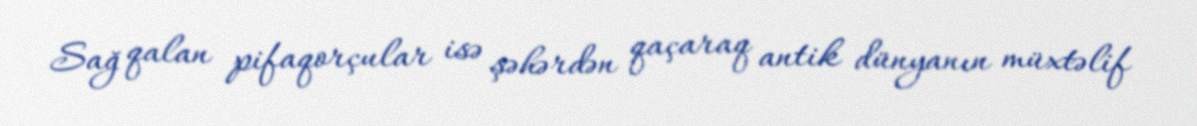
Sağ qalan pifaqorçular isə şəhərdən qaçaraq antik dünyanın müxtəlif